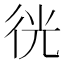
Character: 𢓥